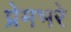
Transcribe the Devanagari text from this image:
प्रेमभरे